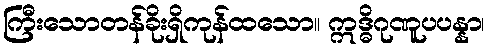
ကြီးသောတန်ခိုးရှိကုန်ထသော။ ဣဒ္ဓိဂုဏူပပန္နာ၊